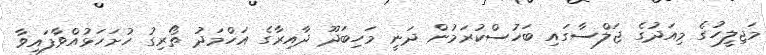
މަޖިލީހުގެ މިއަދުގެ ޖަލްސާގައި ބަހުސްކުރަމުން ދަނީ މަހިބަދޫ ދާއިރާގެ އަހްމަދު ތޯރިގު ހުށަހަޅުއްވާފައިވާ